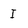
Character: I